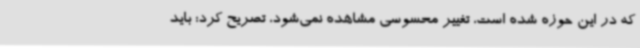
که در این حوزه شده است، تغییر محسوسی مشاهده نمی‌شود، تصریح کرد: باید